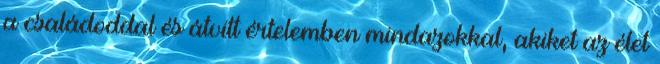
a családoddal és átvitt értelemben mindazokkal, akiket az élet